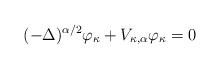
LaTeX: \begin{align*}(-\Delta)^{\alpha/2} \varphi_\kappa + V_{\kappa,\alpha} \varphi_\kappa = 0\end{align*}